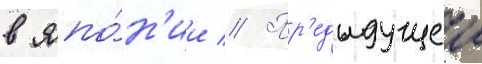
в япо́н'ии // Пр'едыдущеи